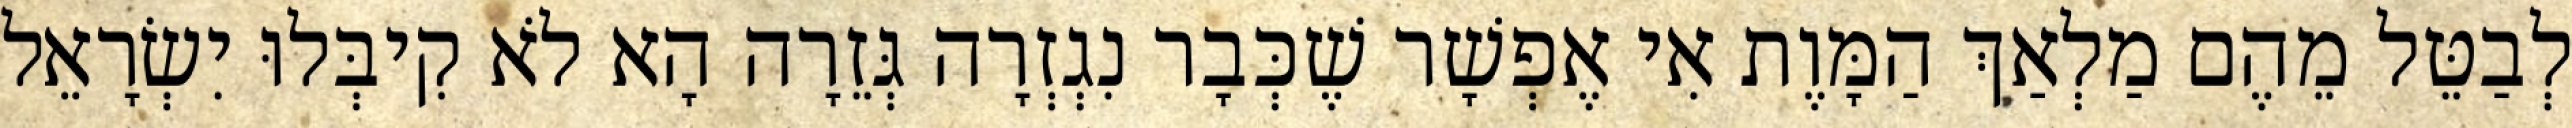
לְבַטֵּל מֵהֶם מַלְאַךְ הַמָּוֶת אִי אֶפְשָׁר שֶׁכְּבָר נִגְזְרָה גְּזֵרָה הָא לֹא קִיבְּלוּ יִשְׂרָאֵל